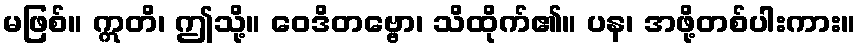
မဖြစ်။ ဣတိ၊ ဤသို့။ ဝေဒိတဗ္ဗော၊ သိထိုက်၏။ ပန၊ အဖို့တစ်ပါးကား။